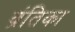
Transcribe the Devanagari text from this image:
व्रंतिका